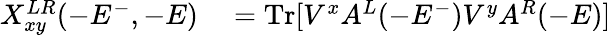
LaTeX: \begin{array}{rl}{X_{xy}^{LR}(-E^{-},-E)}&{{}=\mathrm{Tr}[V^{x}A^{L}(-E^{-})V^{y}A^{R}(-E)]}\end{array}